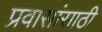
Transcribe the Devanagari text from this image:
प्रवासांसाठी